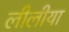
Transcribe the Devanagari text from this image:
लीलीया